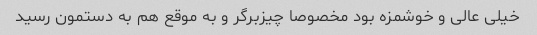
خیلی عالی و خوشمزه بود مخصوصا چیزبرگر و به موقع هم به دستمون رسید